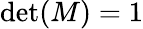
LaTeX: \operatorname*{det}(M)=1